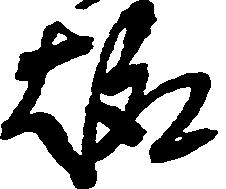
趣